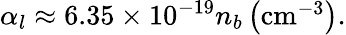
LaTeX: \begin{array}{r}{\alpha_{l}\approx 6.35\times 10^{-19}n_{b}\left(\mathrm{cm}^{-3}\right).}\end{array}